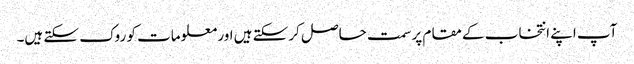
آپ اپنے انتخاب کے مقام پر سمت حاصل کرسکتے ہیں اور معلومات کو روک سکتے ہیں۔